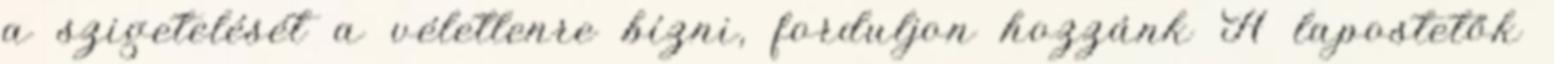
a szigetelését a véletlenre bízni, forduljon hozzánk A lapostetők